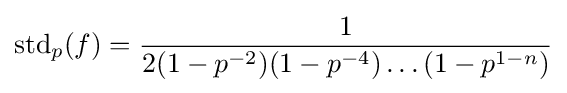
\operatorname {std} _{p}(f)={1 \over 2(1-p^{-2})(1-p^{-4})\dots (1-p^{1-n})}